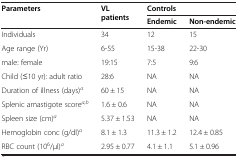
| <ROWSPAN=2> Parameters | <ROWSPAN=2> VL patients | <COLSPAN=2> Controls |
 | Endemic | Non-endemic |
 | --- | --- | --- | --- |
 | Individuals | 34 | 12 | 15 |
 | Age range (Yr) | 6-55 | 15-38 | 22-30 |
 | male: female | 19:15 | 7:5 | 9:6 |
 | Child (≤10 yr): adult ratio | 28:6 | NA | NA |
 | Duration of illness (days)a | 60 ± 15 | NA | NA |
 | Splenic amastigote scorea,b | 1.6 ± 0.6 | NA | NA |
 | Spleen size (cm)a | 5.37 ± 1.53 | NA | NA |
 | Hemoglobin conc (g/dl)a | 8.1 ± 1.3 | 11.3 ± 1.2 | 12.4 ± 0.85 |
 | RBC count (106/μl)a | 2.95 ± 0.77 | 4.1 ± 1.1 | 5.1 ± 0.96 |